Leningradi_Edasi_toimetus, lk 23
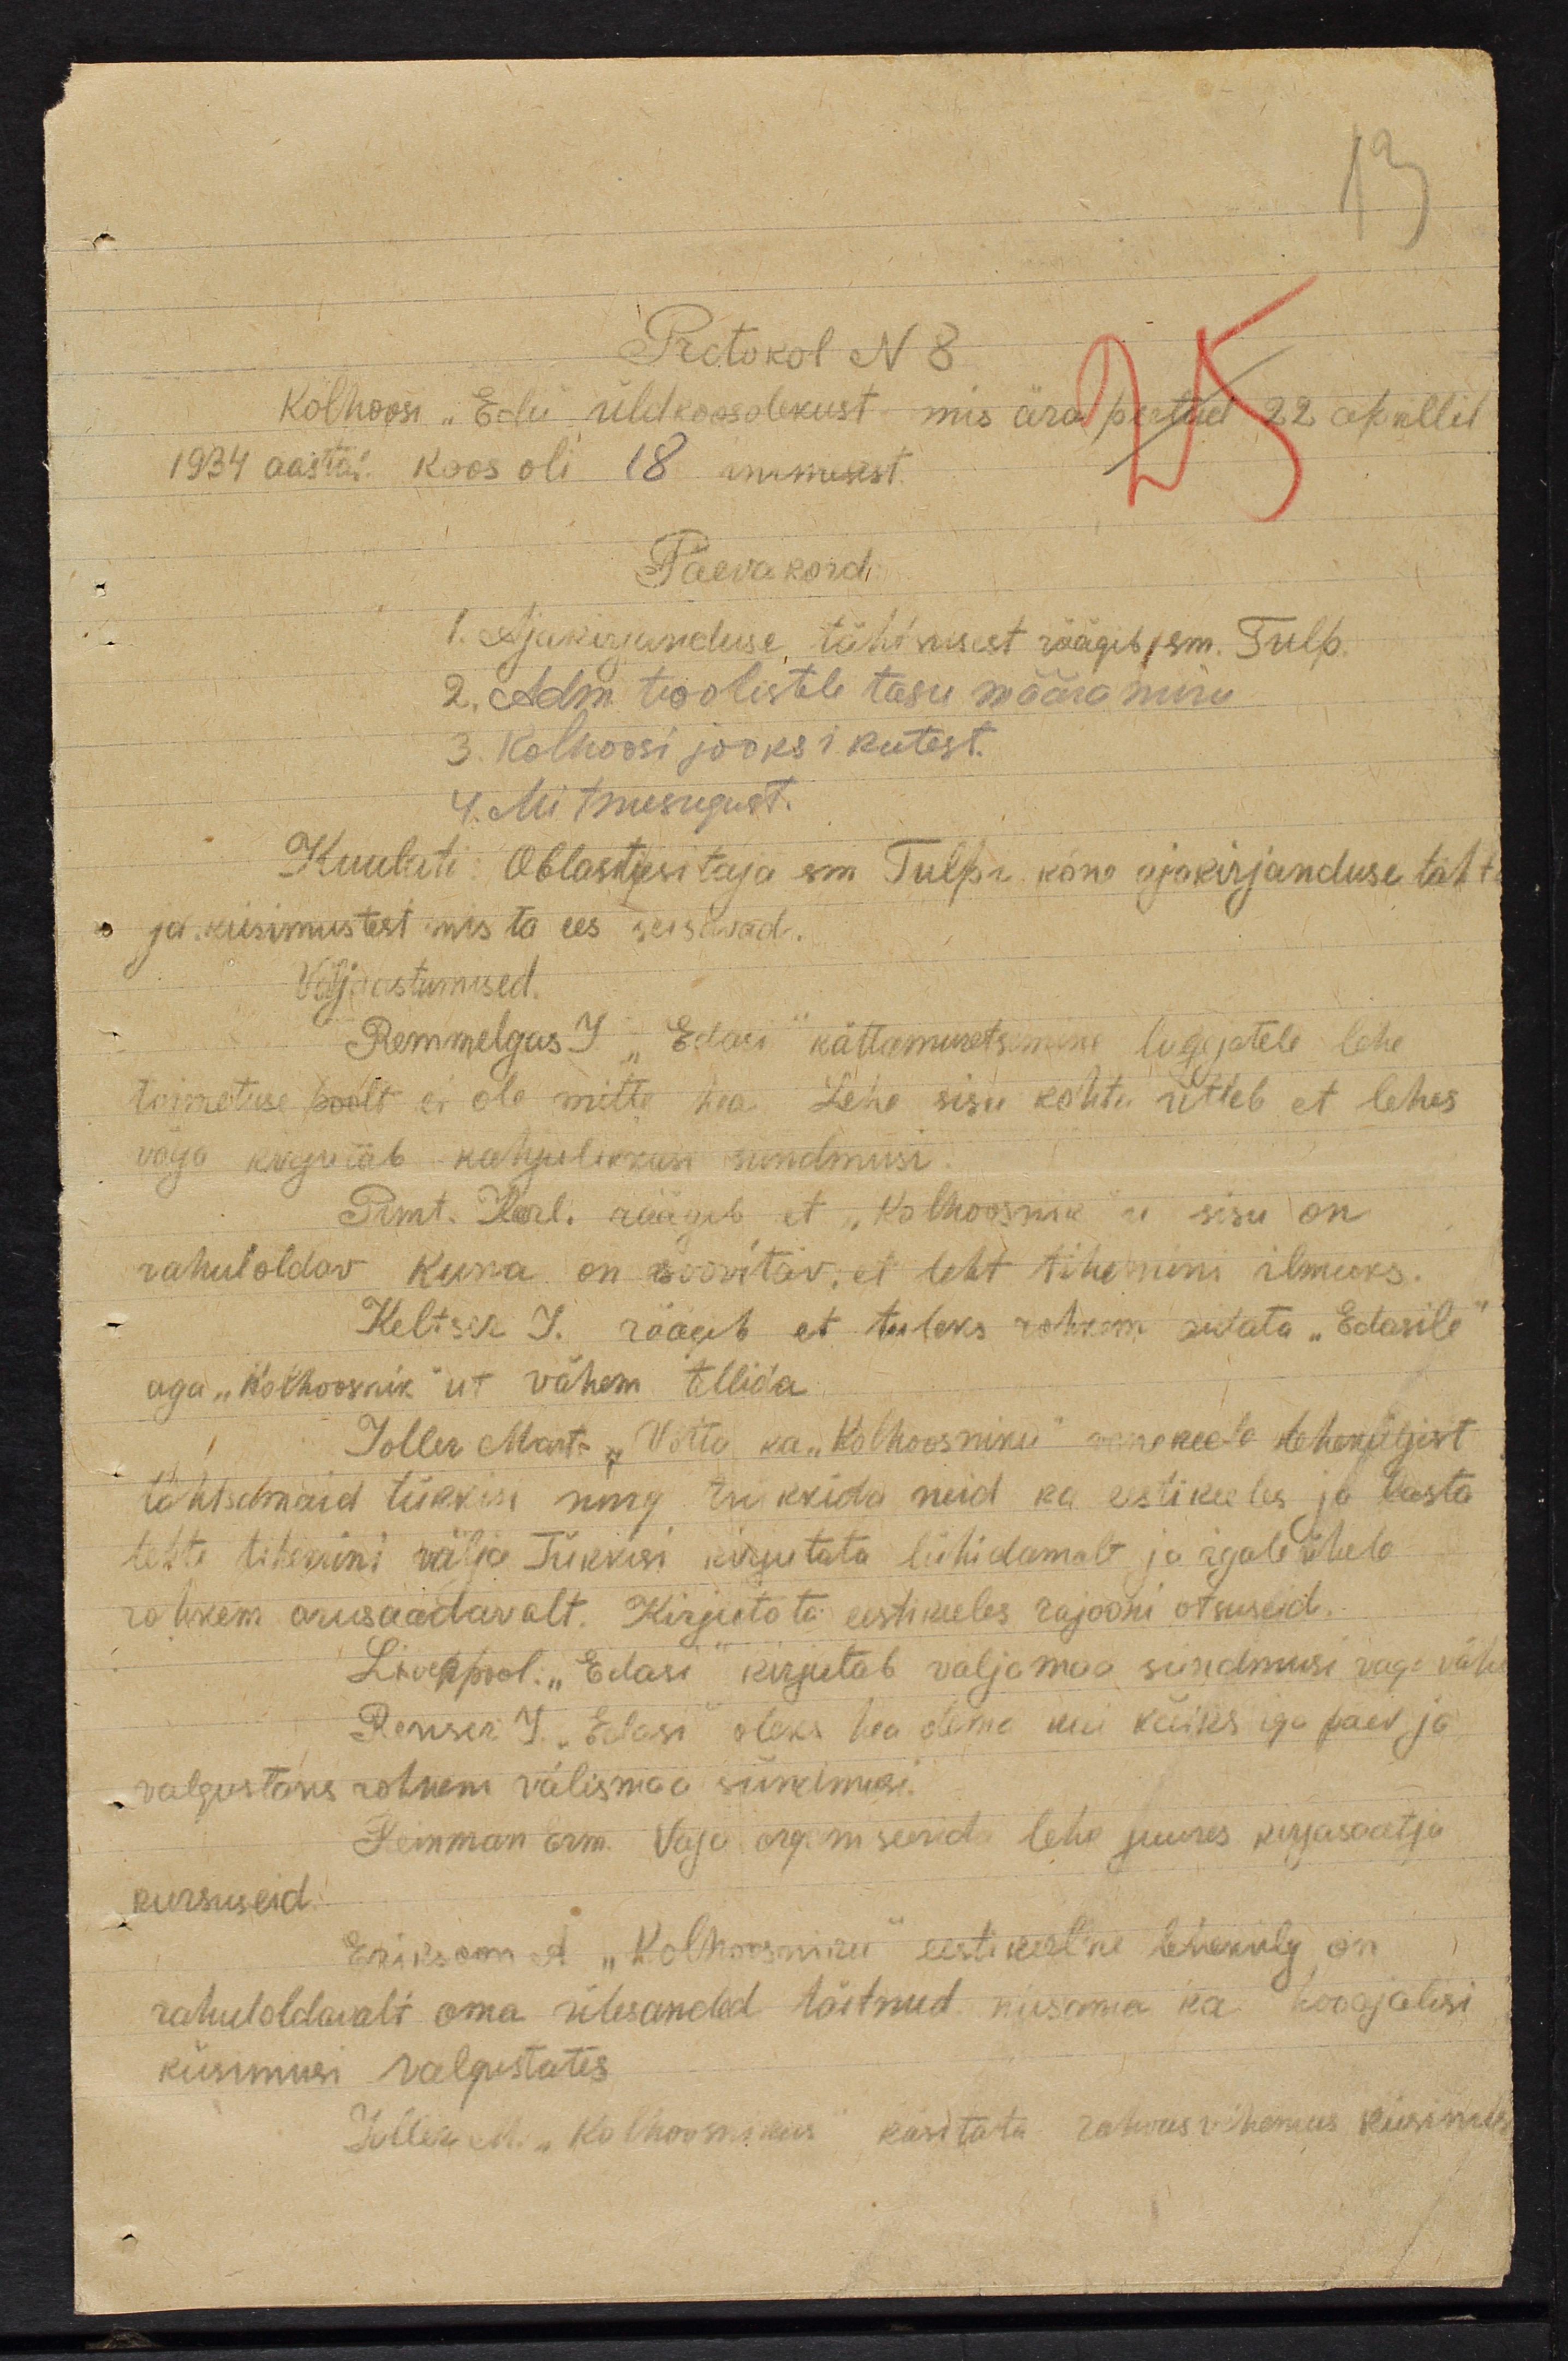
Protokol N8
Kolhoosi "Edu" üldkoosolekust mis ära peetud 22 aprillil
1934 aastal koos oli 18 inimest.
Päevakord.
1. Ajakirjanduse tähtsusest räägib sm. Tulp
2. Adm toolistele tasu määramine
3. Kolhoosi jooksikutest.
4. Mitmesugust.
Kuulati: Oblastiesitaja sm Tulpa kõne ajakirjanduse täht
ja küsimustest mis ta ees seisavad.
Väljaastumised.
Remmelgus J "Edasi" kättemuretsemine lugejatele lehe-
toimetuse poolt ei ole mitte hea. Lehe sisu kohta ütleb et lehes
väga kirjutab kahjulikkusi sündmusi.
Prmt. Karl. räägab, et "Kolhoosnik" u sisu on
rahuloldav kuna on soovitav, et leht tihemini ilmuks.
Keltser J. räägib et tuleks rohkem aidata "Edasile"
aga "Kolhoosnik" ut vähem tellida
Joller Mart. Võtta ka "Kolhoosniku" vene keele leheküljest
tähtsamaid tükkisi ning trükkida neid ka eestikeeles ja lasta
teiste tihemini välja Tükkisi kirjutata lühidamalt ja igale ühele
rohkem arusaadavalt. Kirjutata eestikeeles rajooni otsuseid.
Liverpool. "Edasi" kirjutab väljamaa sündmusi väga väha
Renser Y. "Edasi" oleks hea olema kui käiks iga päev ja
valgustaks rohkem välismaa sündmusi.
Reinman arm. Vaja organiseerida lehe juures kirjasaatja
kursuseid.
Erikson A "Kolhoosniku" eestikeelne lehekülg on
rahuloldavalt oma ülesanded täitnud niisama ka hoojalisi
küsimusi valgustates.
Joller M. "Kolhoosnikus" käsitata rahwasvähemus küsimus